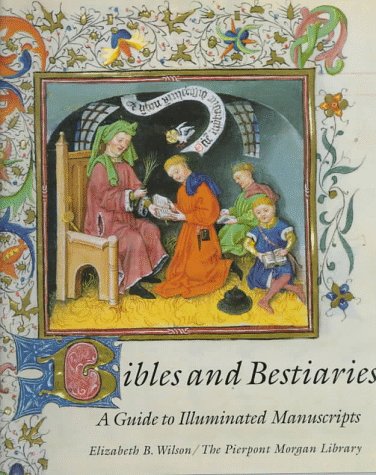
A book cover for Bibles and Bestiaries: A Guide to Illuminated Manuscripts; Elizabeth B. Wilson; Teen & Young Adult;